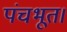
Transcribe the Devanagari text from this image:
पंचभूत।